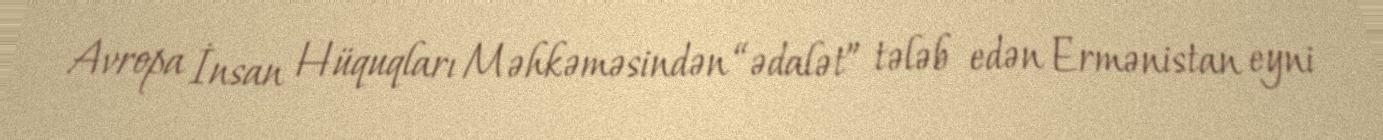
Avropa İnsan Hüquqları Məhkəməsindən “ədalət” tələb edən Ermənistan eyni